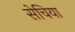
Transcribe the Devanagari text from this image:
सेचिया